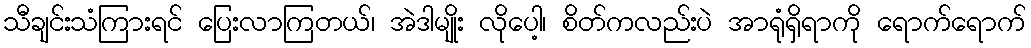
သီချင်းသံကြားရင် ပြေးလာကြတယ်၊ အဲဒါမျိုး လိုပေါ့၊ စိတ်ကလည်းပဲ အာရုံရှိရာကို ရောက်ရောက်